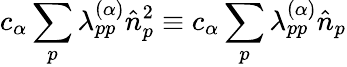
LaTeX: c_{\alpha}\sum_{p}\lambda_{pp}^{(\alpha)}\hat{n}_{p}^{2}\equiv c_{\alpha}\sum_{p}\lambda_{pp}^{(\alpha)}\hat{n}_{p}